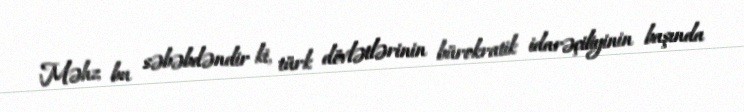
Məhz bu səbəbdəndir ki, türk dövlətlərinin bürokratik idarəçiliyinin başında